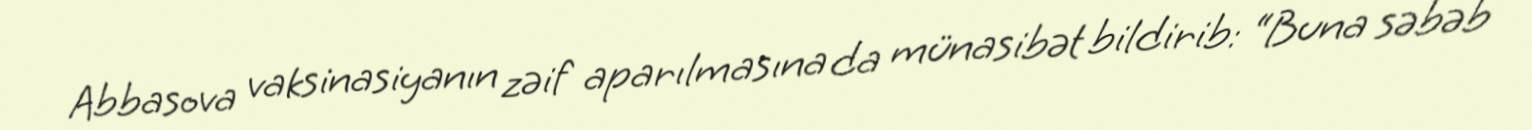
Abbasova vaksinasiyanın zəif aparılmasına da münasibət bildirib: “Buna səbəb